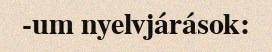
-um nyelvjárások: